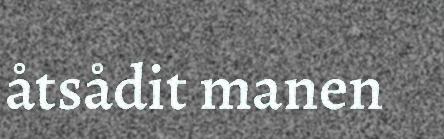
åtsådit manen